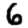
Digit: 6